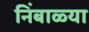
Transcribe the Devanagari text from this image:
निंबाळ्या